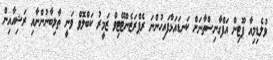
ވުލެޑިމިއާ ޕޫޓިން އަފްގާނިސްތާނަށް ކަނޑައަޅާފައިހުންނަ ރެޕްރަޒެންޓޭޓިވް ޒަމީރު ކަބްލޮވް ވަނީ ތާލިބާނުންނާއި ރަޝިއާއިން